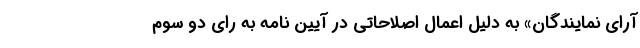
آرای نمایندگان» به دلیل اعمال اصلاحاتی در آیین نامه به رای دو سوم